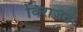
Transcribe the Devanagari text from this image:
विराजत॰